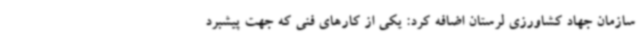
سازمان جهاد کشاورزی لرستان اضافه کرد: یکی از کارهای فنی که جهت پیشبرد